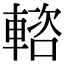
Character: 𨍢